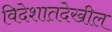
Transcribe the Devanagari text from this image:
विदेशातदेखील